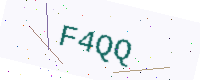
Text: F4QQ